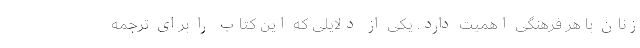
زنان با هر فرهنگی اهمیت دارد. یکی از دلایلی که این کتاب را برای ترجمه